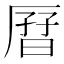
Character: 𫨗